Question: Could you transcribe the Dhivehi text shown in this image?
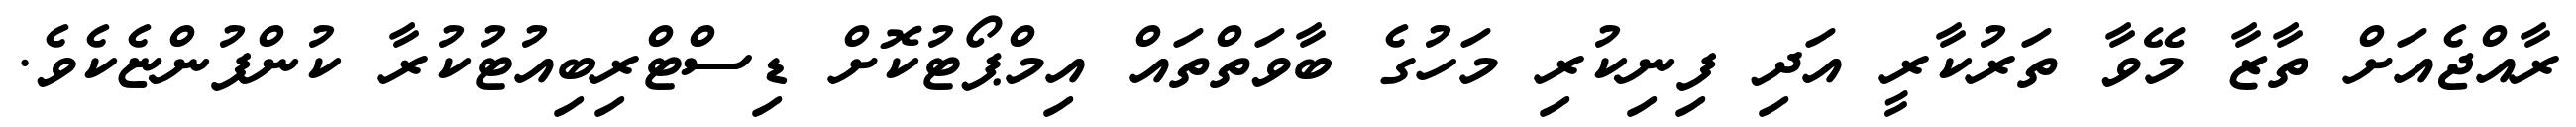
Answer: ރާއްޖެއަށް ތާޒާ މޭވާ ތަރުކާރީ އަދި ފިނިކުރި މަހުގެ ބާވަތްތައް އިމްޕޯޓުކޮށް ޑިސްޓްރިބިއުޓުކުރާ ކުންފުންޏެކެވެ.